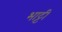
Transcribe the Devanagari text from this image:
भाट्टी